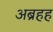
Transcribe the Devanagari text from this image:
अब्रहह